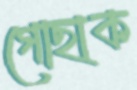
গোছাক